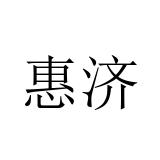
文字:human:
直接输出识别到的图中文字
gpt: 惠济